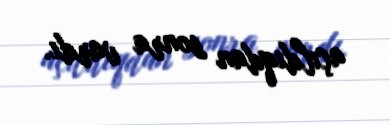
açıldıqdan sonra vardı.